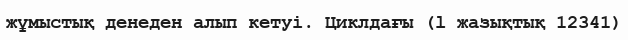
жұмыстық денеден алып кетуі. Циклдағы (l жазықтық 12341)